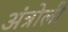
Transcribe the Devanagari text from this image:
अंत्रोली